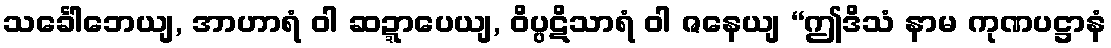
သင်္ခေါဘေယျ, အာဟာရံ ဝါ ဆဍ္ဍာပေယျ, ဝိပ္ပဋိသာရံ ဝါ ဇနေယျ “ဤဒိသံ နာမ ကုဏပဋ္ဌာနံ